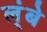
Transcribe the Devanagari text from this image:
ल्ंबे